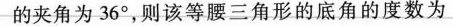
的夹角为36°，则该等腰三角形的底角的度数为